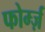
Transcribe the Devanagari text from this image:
फोर्म्ज़